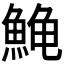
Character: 𱆰